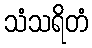
သံသရိတံ